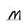
Character: m